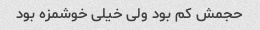
حجمش کم بود ولی خیلی خوشمزه بود